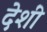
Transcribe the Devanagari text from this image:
देशीं